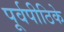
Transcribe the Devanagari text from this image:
पूर्वपीठिके